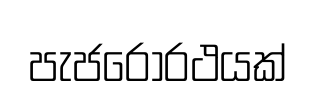
පැජරෝරථයක්